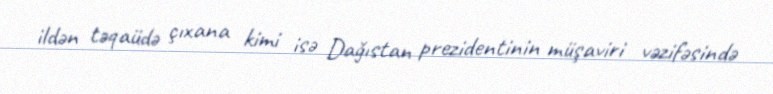
ildən təqaüdə çıxana kimi isə Dağıstan prezidentinin müşaviri vəzifəsində